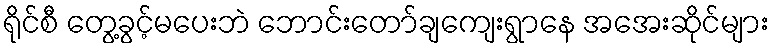
ရိုင်စီ တွေ့ခွင့်မပေးဘဲ ဘောင်းတော်ချကျေးရွာနေ အအေးဆိုင်များ